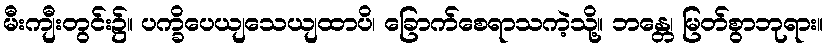
မီးကျီးတွင်း၌။ ပက္ခိပေယျသေယျထာပိ၊ ခြောက်စေရာသကဲ့သို့။ ဘန္တေ၊ မြတ်စွာဘုရား။